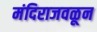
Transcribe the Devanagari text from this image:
मंदिराजवळून